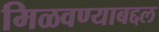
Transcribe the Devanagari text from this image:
मिळवण्याबद्दल